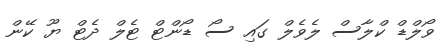
ވޯލްޑް ކްލާސް ލެވެލް ގައި ސޯ ޑޯންޓް ޓެލް ދެޓް ޔޫ ކޭން